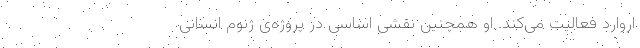
اروارد فعالیت می‌کند. او همچنین نقشی اساسی در پروژه‌ی ژنوم انسانی